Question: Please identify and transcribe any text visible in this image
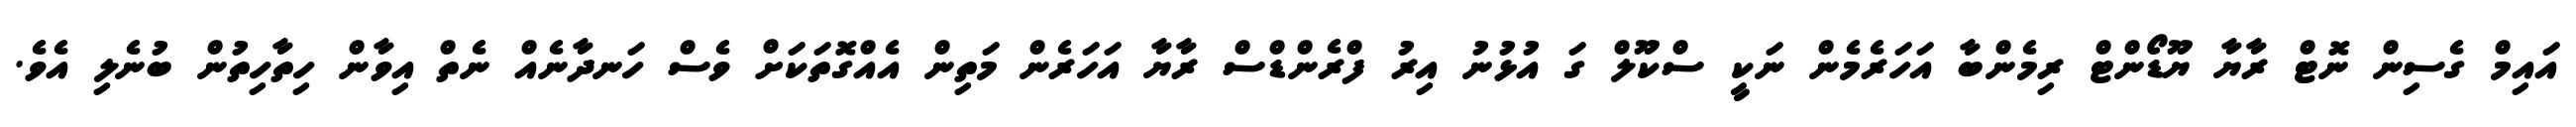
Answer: އައިމް ގެސިން ނޮޓް ރާޔާ ޔޫޑޯންޓް ރިމެންބާ އަހަރެމެން ނަކީ ސްކޫލް ގަ އުޅުނު އިރު ފްރެންޑްސް ރާޔާ އަހަރެން މަތިން އެއްގޮތަކަށް ވެސް ހަނދާނެއް ނެތް އިވާން ހިތާހިތުން ބުނެލި އެވެ.